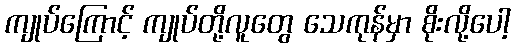
ကျုပ်ကြောင့် ကျုပ်တို့လူတွေ သေကုန်မှာ စိုးလို့ပေါ့